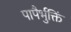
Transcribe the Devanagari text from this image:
पापैर्भुक्तिं